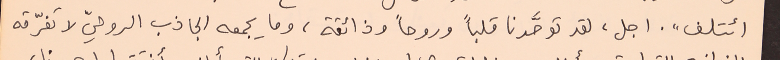
ائتلف". اجل، لقد توحَّدنا قلباً وروحاً وذائقة، وما يجمعه الجاذب الروحيّ لا تفرّقه